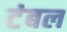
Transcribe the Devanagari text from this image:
टंबल